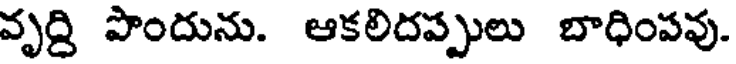
వృద్ది పొందును. ఆకలిదప్పులు బాధింపవు.